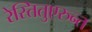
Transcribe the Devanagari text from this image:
रेस्तितुएरुन्त